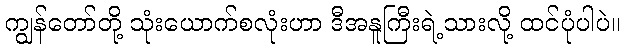
ကျွန်တော်တို့ သုံးယောက်စလုံးဟာ ဒီအနူကြီးရဲ့သားလို့ ထင်ပုံပါပဲ။